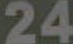
24